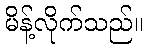
မိန့်လိုက်သည်။